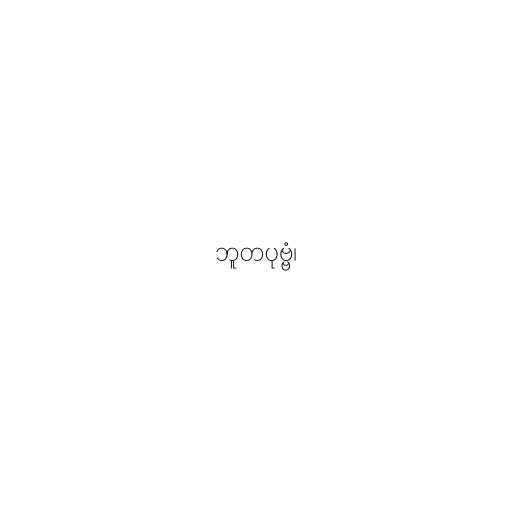
ဘူတပုဗ္ဗံ၊